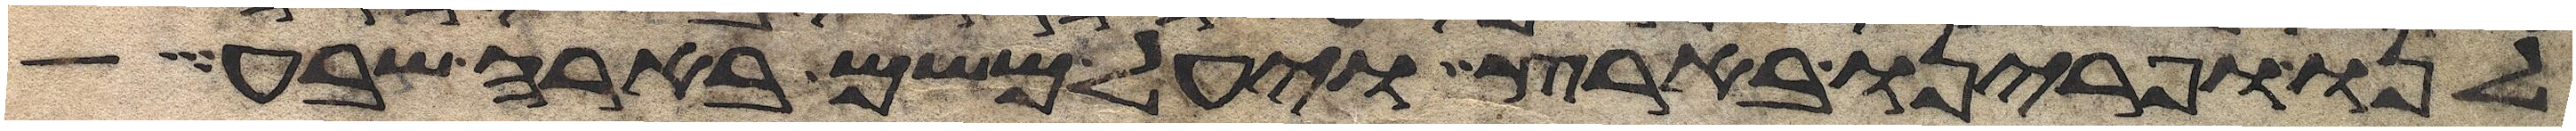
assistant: לנו ופרינו בארץ ויעל משם באר שבע